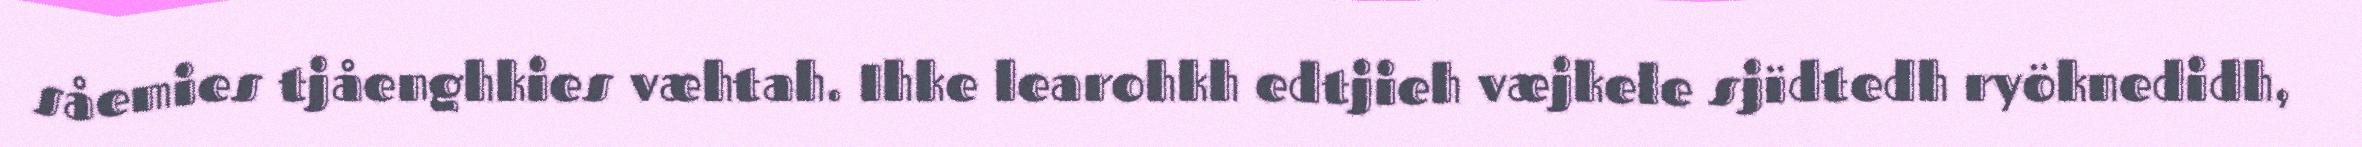
såemies tjåenghkies væhtah. Ihke learohkh edtjieh væjkele sjïdtedh ryöknedidh,